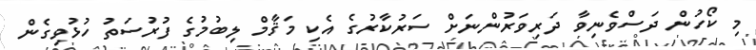
މި ކޯހުން ދަސްވެނިވާ ދަރިވަރުންނަށް ސަރުކާރުގެ އެކި މަޤާމް ލިބުމުގެ ފުރުސަތު ހުޅުވިގެން